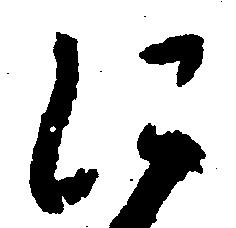
に